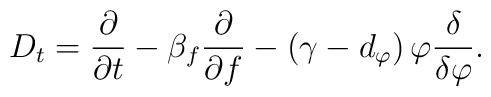
D_t= \frac{\partial}{\partial t} - \beta_f\frac{\partial}{\partial f}  - \left(\gamma - d_{\varphi}\right)\varphi \frac{\delta}{\delta \varphi}.